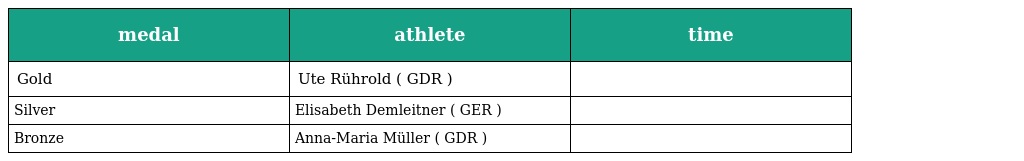
| medal | athlete | time |
 | --- | --- | --- |
 | Gold | Ute Rührold ( GDR ) |  |
 | Silver | Elisabeth Demleitner ( GER ) |  |
 | Bronze | Anna-Maria Müller ( GDR ) |  |